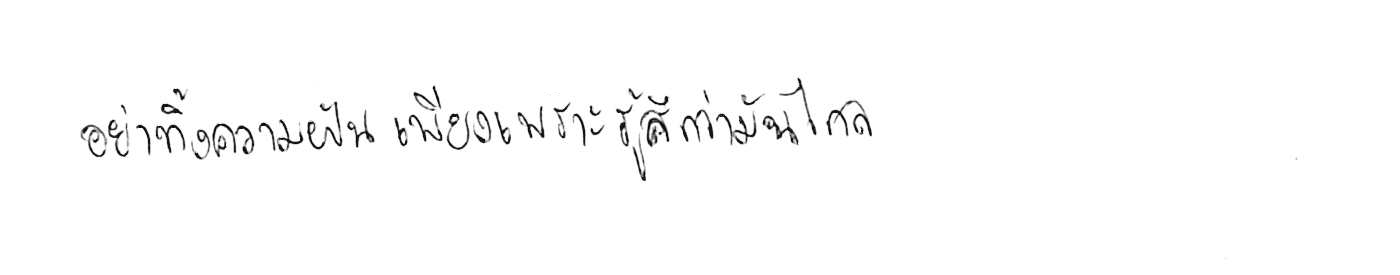
อย่าทิ้งความฝัน เพียงเพราะรู้สึกว่ามันไกล